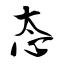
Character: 态